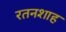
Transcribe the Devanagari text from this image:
रतनशाह